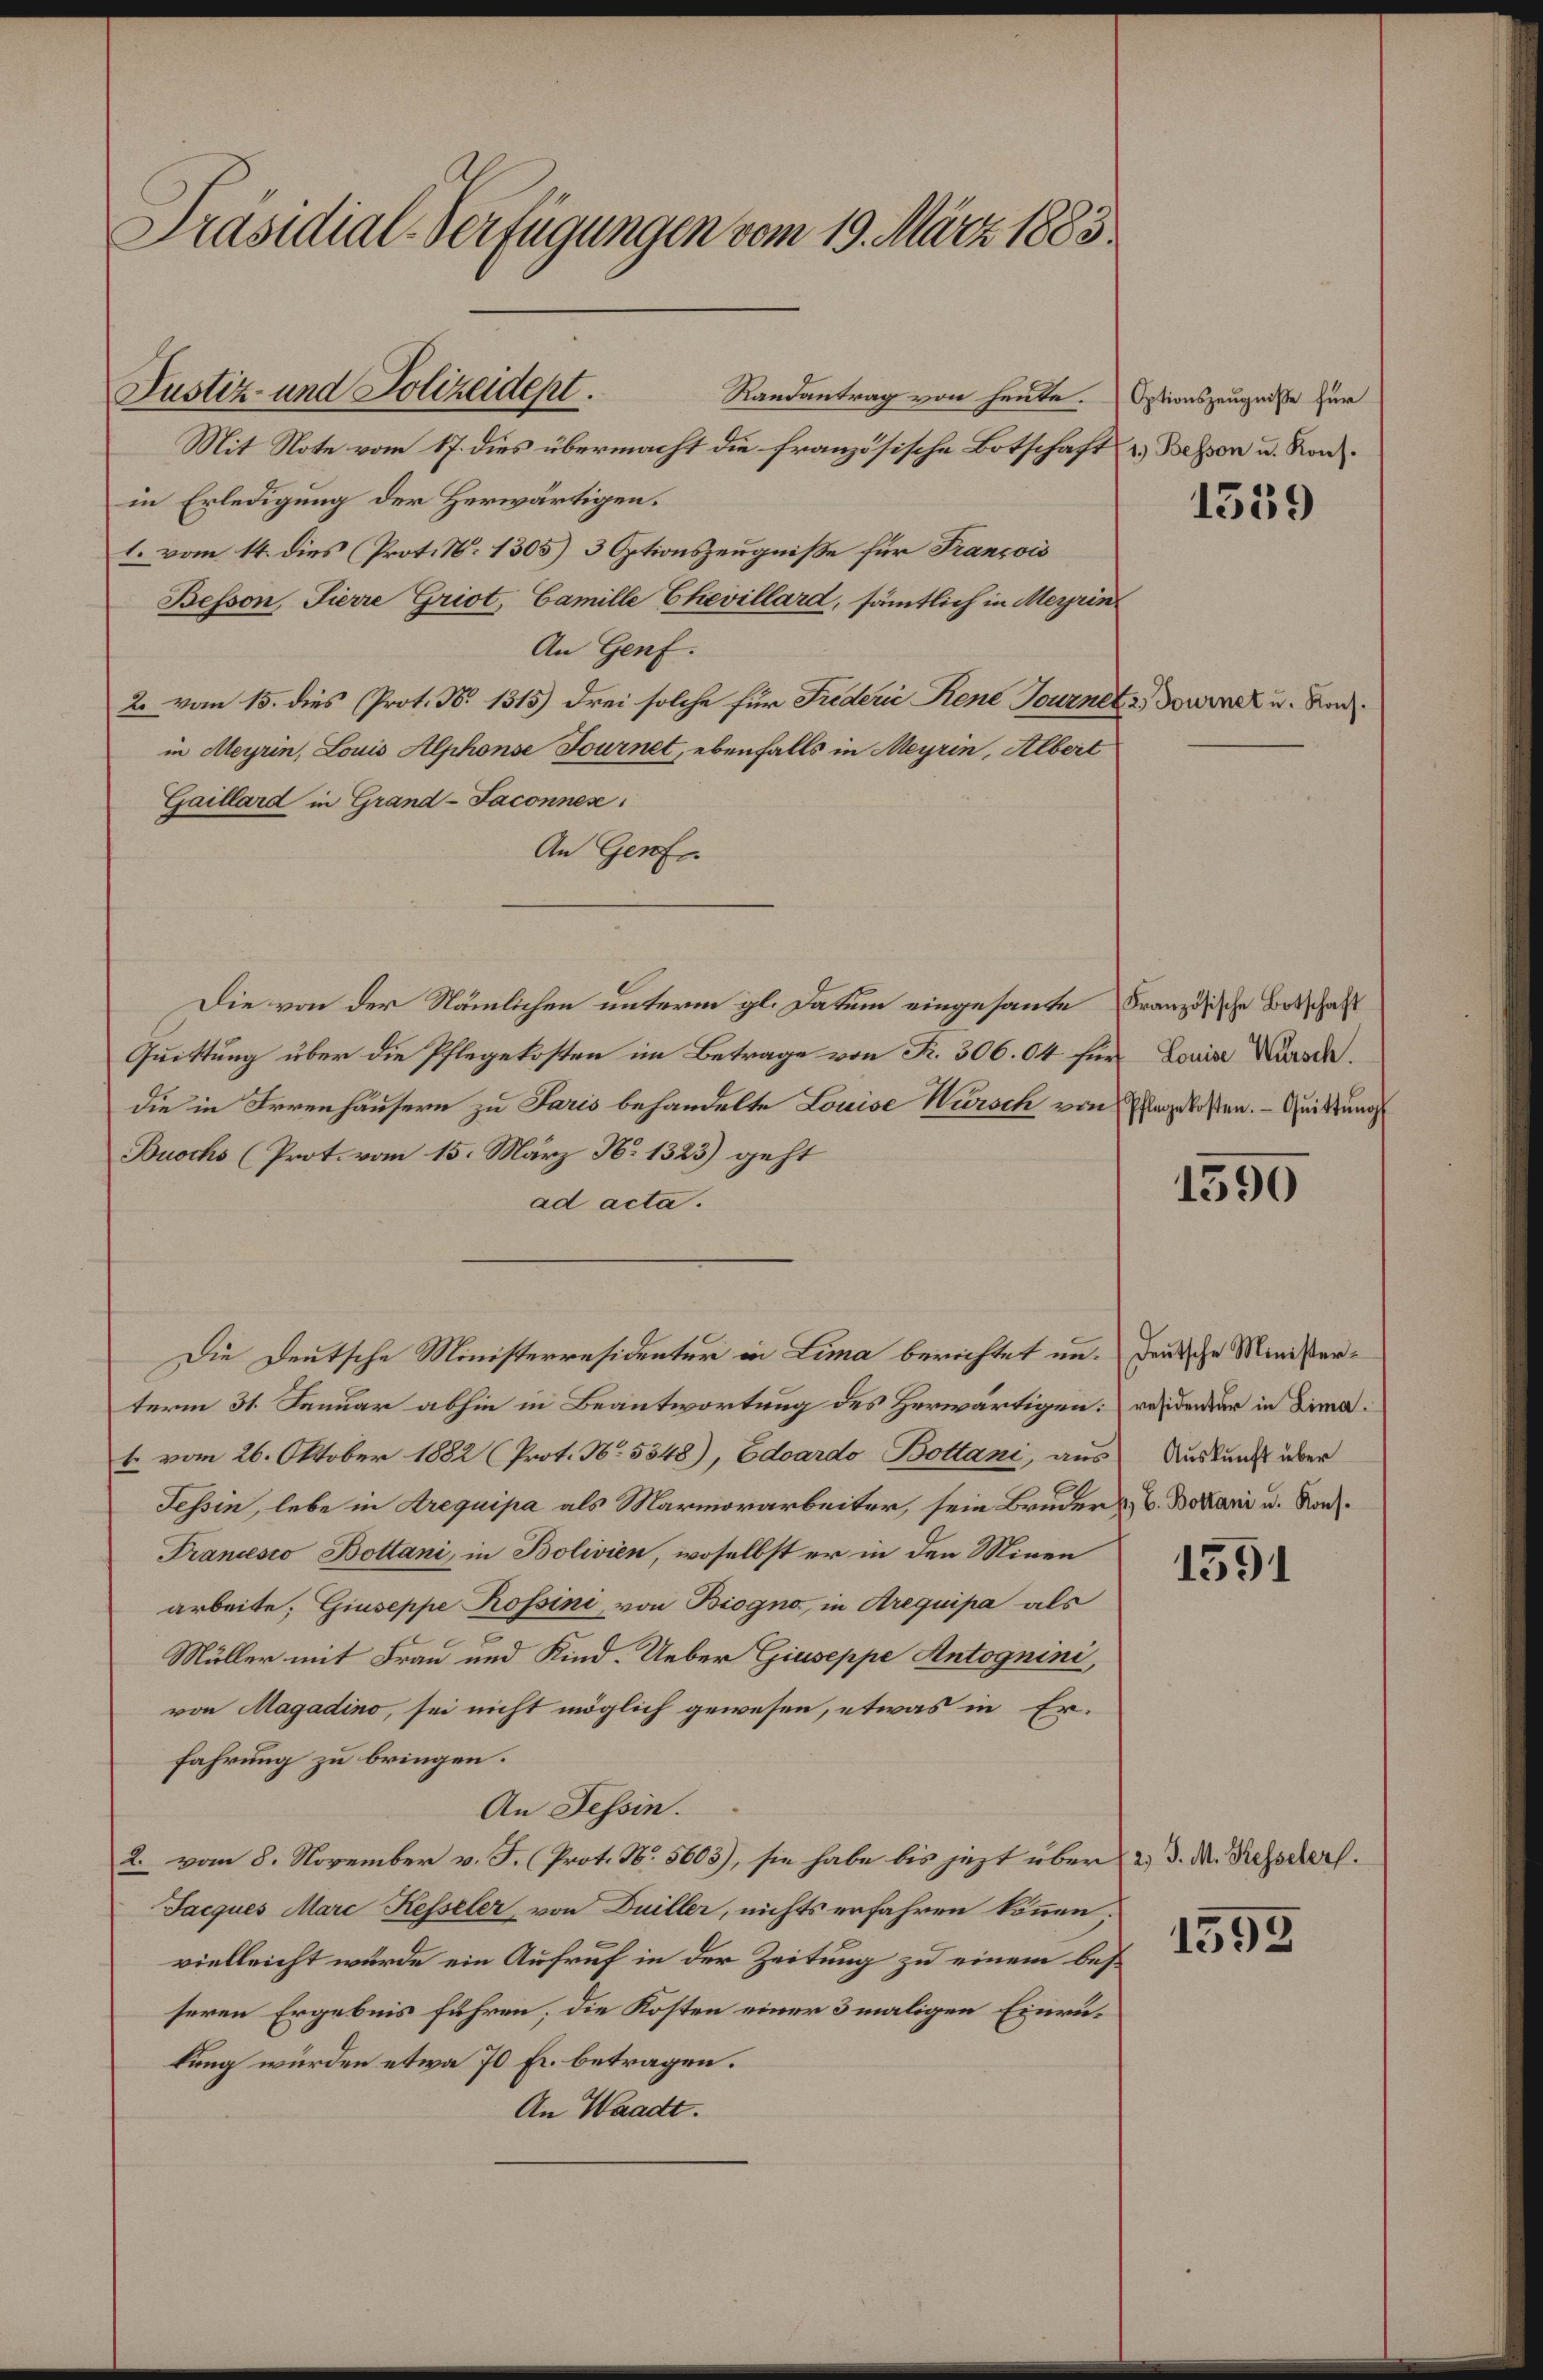
Präsidial-Verfügungen vom 19. März 1883.

Randantrag von heute.
Mit Note vom 17. dies übermacht die französische Botschaft u. Bessen u. Konin Erledigung der Herwärtigen.
l. vom 14. dies (Prot. N. 1305) 3 Optionszeugniße für Francois
Besson, Tierre Griot, Camille Chevillard, sämtlich in Meyrin
An Genf.
2. vom 15. dies Prot. N. 1315) drei solche für Friderić Kene Tourner
in Meyrin, Louis Alphonse Fournet, ebenfalls in Meyrin, Albert
Gaillard in Grand-Faconnes.
An Genf
Die von der Nämlichen unterm gl. Datum eingesante Französische Botschaft
Quittung über die Pflegekosten im Betrage von K. 306. Ok für Louis Werde.
die in Irrenhäusern zu Paris behandelte Louise Wursch von Engelaßen. — Quittung
Buochs (Prot. vom 15. März N. 1323) geht
ad acta.
Die Deutsche Ministerresidenter in Lima berichtet an. Jenische Ministerterm 31. Januar abhin in Beantwortung des Herwärtigen: Desidener in Lima¬
4 vom 26. Oktober 1882 (Prot. No. 5348), Eduardo Bottani, aus Auskunft über
Tessin, lebe in Arequipa als Marmorarbeiter, sein Bruder & C. Bokani u. Nach¬
Francesco Bottani, in Bolivien, woselbst er in den Minen
arbeite; Giuseppe Rossini, von Biogno, in Arequipa als
Müller mit Frau und Kind. Ueber Giuseppe Antognini,
von Magadino, sei nicht möglich gewesen, etwas in Er-
fahrung zu bringen.
An Tessin.
2. vom 8. November v. J. (Prot. No. 5603), sie habe bis jezt über 2. d. M. Resschers.
Jacques Marc Kesseler von Duiller, nichts erfahren können,
vielleicht wurde ein Aufruf in der Zeitung zu einem besseren Ergebnis führen; die Kosten einer 3 maligen Einrukung würden etwa 70 Fr. betragen.
An Waadt.

Justiz- und Polizeidept.

Optionszeugniße für

1559

2. Tournet u. Kons.

1590

1591

1595